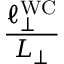
\frac { \ell _ { \perp } ^ { \mathrm { W C } } } { L _ { \perp } }